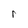
Character: r